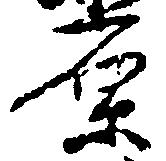
原